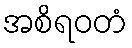
အစိရဝတံ